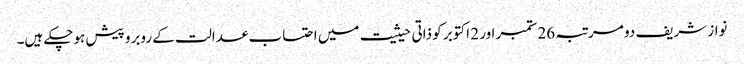
نواز شریف دو مرتبہ 26 ستمبر اور 2 اکتوبر کو ذاتی حیثیت میں احتساب عدالت کے روبرو پیش ہوچکے ہیں۔